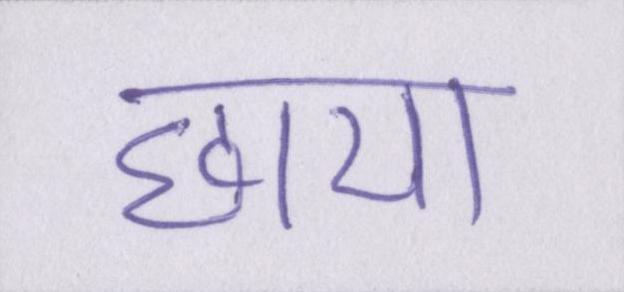
छाया